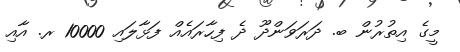
މީގެ އިތުރުން ބ. ދަރަވަންދޫ ދެ ފިހާރައެއް ފަޅާލައި 10000 ރ. އާއި